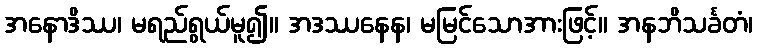
အနောဒိဿ၊ မရည်ရွယ်မူ၍။ အဒဿနေန၊ မမြင်သောအားဖြင့်။ အနဘိသင်္ခတံ၊